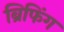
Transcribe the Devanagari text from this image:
ब्रिफिंग